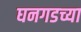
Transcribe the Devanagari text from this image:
घनगडच्या